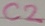
Text: C2